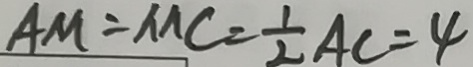
A M = M C = \frac { 1 } { 2 } A C = 4